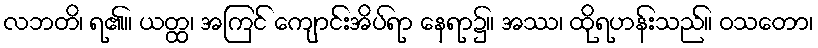
လဘတိ၊ ရ၏။ ယတ္ထ၊ အကြင် ကျောင်းအိပ်ရာ နေရာ၌။ အဿ၊ ထိုရဟန်းသည်။ ဝသတော၊